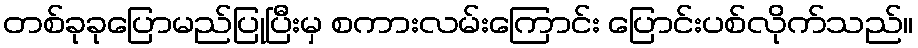
တစ်ခုခုပြောမည်ပြုပြီးမှ စကားလမ်းကြောင်း ပြောင်းပစ်လိုက်သည်။